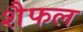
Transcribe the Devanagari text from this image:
शैफल